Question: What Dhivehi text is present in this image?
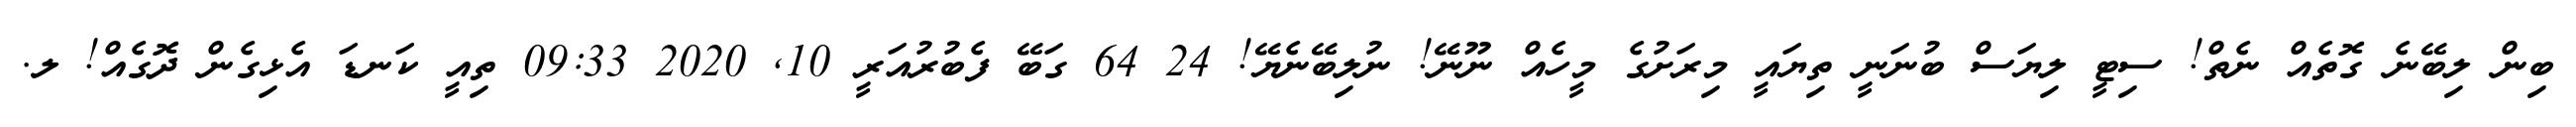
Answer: ބިން ލިބޭނެ ގޮތެއް ނެތް! ސިޓީ ލިޔަސް ބުނަނީ ތިޔައީ މިރަށުގެ މީހެއް ނޫނޭ! ނުލިބޭނެޔޭ! 24 64 ގަބޭ ފެބުރުއަރީ 10, 2020 09:33 ތިއީ ކަނޑަ އެޅިގެން ދޮގެއް! ލ.